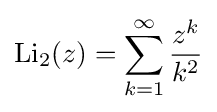
\operatorname {Li} _{2}(z)=\sum _{k=1}^{\infty }{z^{k} \over k^{2}}